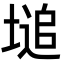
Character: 塠